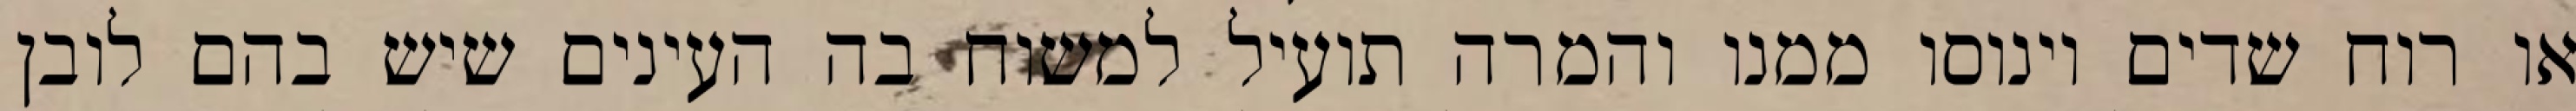
או רוח שדים וינוסו ממנו והמרה תועיל למשוח בה העינים שיש בהם לובן